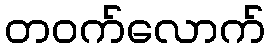
တဝက်လောက်